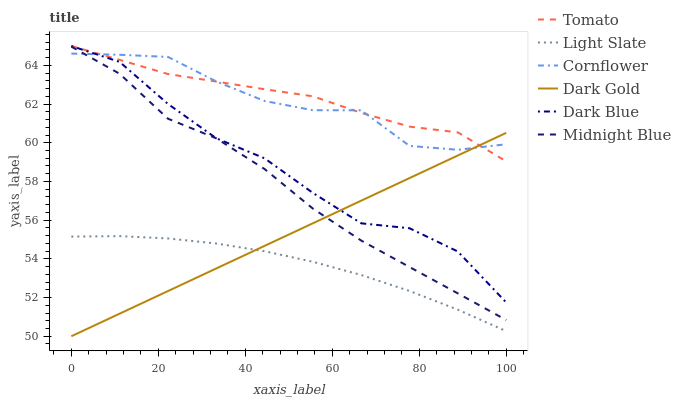
| xaxis_label | Tomato | Light Slate | Cornflower | Dark Gold | Dark Blue | Midnight Blue |
 | --- | --- | --- | --- | --- | --- | --- |
 | 0 | 65 | 55.2 | 64.6 | 50 | 65 | 65 |
 | 11.1 | 64.3 | 55.2 | 64.5 | 51.2 | 64.2 | 63.6 |
 | 22.2 | 63.6 | 55.1 | 64.4 | 52.3 | 62 | 61.2 |
 | 33.3 | 63.2 | 54.8 | 63.2 | 53.5 | 60.2 | 60.2 |
 | 44.4 | 62.8 | 54.4 | 62.2 | 54.7 | 59.2 | 58.6 |
 | 55.6 | 62.4 | 53.8 | 61.7 | 55.8 | 57.4 | 56.6 |
 | 66.7 | 61.5 | 53.2 | 61.7 | 57 | 55.8 | 54.9 |
 | 77.8 | 60.8 | 52.3 | 59.8 | 58.2 | 55.6 | 53.6 |
 | 88.9 | 60.5 | 51.4 | 59.6 | 59.3 | 54.4 | 52.2 |
 | 100 | 59 | 50.3 | 59.9 | 60.5 | 51.7 | 50.8 |